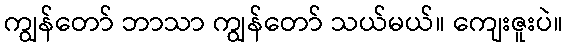
ကျွန်တော် ဘာသာ ကျွန်တော် သယ်မယ်။ ကျေးဇူးပဲ။